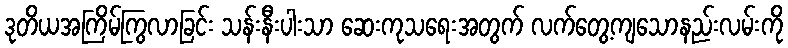
ဒုတိယအကြိမ်ကြွလာခြင်း သန်းနီးပါးသာ ဆေးကုသရေးအတွက် လက်တွေ့ကျသောနည်းလမ်းကို